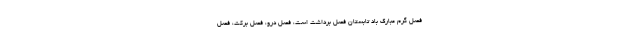
فصل گرم مبارک باد تابستان فصل برداشت است، فصل درو، فصل برکت، فصل